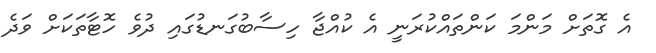
އެ ގޮތަށް މަންމަ ކަންތައްކުރަނީ އެ ކުއްޖާ ހިސާބުގަނޑުގައި ދުވެ ހޮޓާތަކަށް ވަދެ